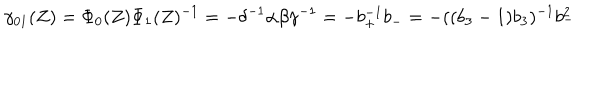
\gamma _ { 0 1 } ( Z ) = \Phi _ { 0 } ( Z ) \Phi _ { 1 } ( Z ) ^ { - 1 } = - \delta ^ { - 1 } \alpha \beta \gamma ^ { - 1 } = - b _ { + } ^ { - 1 } b _ { - } = - ( ( b _ { 3 } - 1 ) b _ { 3 } ) ^ { - 1 } b _ { - } ^ { 2 }